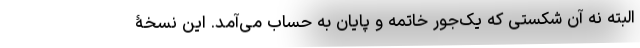
البته نه آن شکستی که یک‌جور خاتمه و پایان به حساب می‌آمد. این نسخۀ